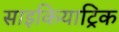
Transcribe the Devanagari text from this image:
साइकियाट्रिक